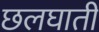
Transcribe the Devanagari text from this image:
छलघाती